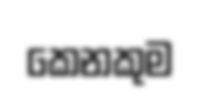
කෙනකුම